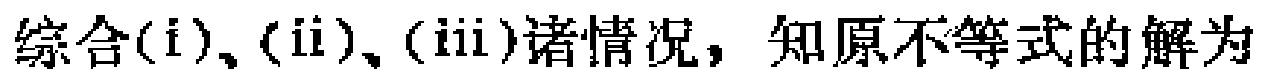
综合(i)、(ii)、(iii)诸情况，知原不等式的解为